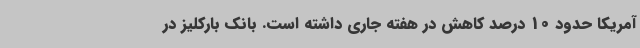
آمریکا حدود 10 درصد کاهش در هفته جاری داشته است. بانک بارکلیز در